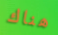
هناك